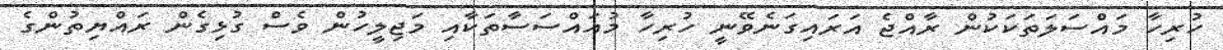
ހުރިހާ މައްސަލަތަކަކުން ރާއްޖެ އަރައިގަނެވޭނީ ހުރިހާ މުއައްސަސާތަކާއި މަޖިލީހުން ވެސް ގުޅިގެން ރައްޔިތުންގެ